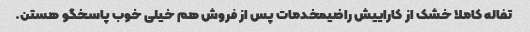
تفاله کاملا خشک از کاراییش راضیمخدمات پس از فروش هم خیلی خوب پاسخگو هستن.